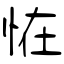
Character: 恠